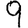
Digit: 9